Scottish Leaving Certificate Examination, 1956
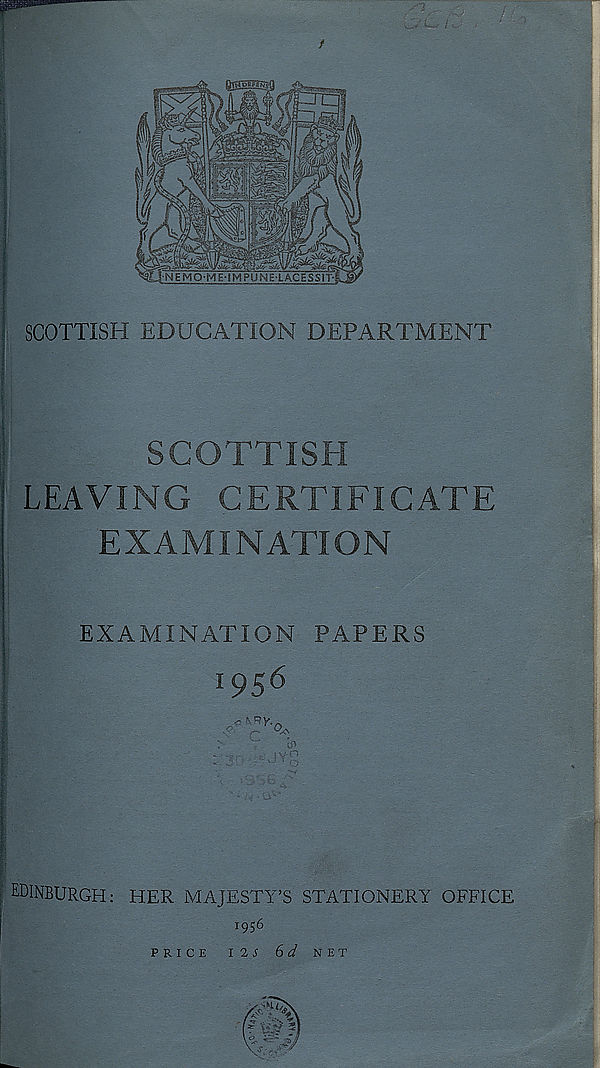
/
SCOTTISH EDUCATION DEPARTMENT
SCOTTISH
LEAVING CERTIFICATE
EXAMINATION
EXAMINATION PAPERS
i95 6
EDINBURGH: HER MAJESTY’S STATIONERY OFFICE
1956
PRICE
IIS 6 d NET